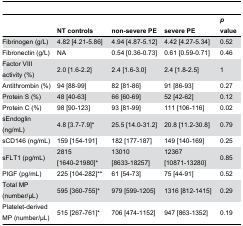
|  | NT controls | non-severe PE | severe PE | p value |
 | --- | --- | --- | --- | --- |
 | Fibrinogen (g/L) | 4.82 [4.21-5.86] | 4.94 [4.87-5.12] | 4.42 [4.27-5.34] | 0.52 |
 | Fibronectin (g/L) | NA | 0.54 [0.36-0.73] | 0.61 [0.59-0.71] | 0.46 |
 | Factor VIII activity (%) | 2.0 [1.6-2.2] | 2.4 [1.6-3.0] | 2.4 [1.8-2.5] | 1 |
 | Antithrombin (%) | 94 [88-99] | 82 [81-86] | 91 [86-93] | 0.27 |
 | Protein S (%) | 48 [40-63] | 66 [60-69] | 52 [42-62] | 0.12 |
 | Protein C (%) | 98 [90-123] | 93 [81-99] | 111 [106-116] | 0.02 |
 | sEndoglin (ng/mL) | 4.8 [3.7-7.9]* | 25.5 [14.0-31.2] | 20.8 [11.2-30.8] | 0.79 |
 | sCD146 (ng/mL) | 159 [154-191] | 182 [177-187] | 149 [140-169] | 0.25 |
 | sFLT1 (pg/mL) | 2815 [1640-21980]* | 13010 [8633-18257] | 12367 [10871-13280] | 0.85 |
 | PlGF (pg/mL) | 225 [104-282]** | 61 [54-73] | 75 [44-91] | 0.52 |
 | Total MP (number/μL) | 595 [360-755]* | 979 [599-1205] | 1316 [812-1415] | 0.29 |
 | Platelet-derived MP (number/μL) | 515 [267-761]* | 706 [474-1152] | 947 [863-1352] | 0.19 |